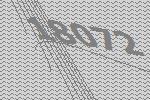
18072